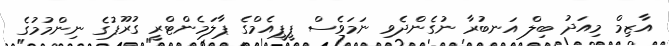
އާޒިމް މިއަދު ބިލް އަނބުރާ ނުގެންދެވި ނަމަވެސް ޕީޕީއެމްގެ ޕާލަމެންޓްރީ ގުރޫޕުގެ ނިންމުމުގެ